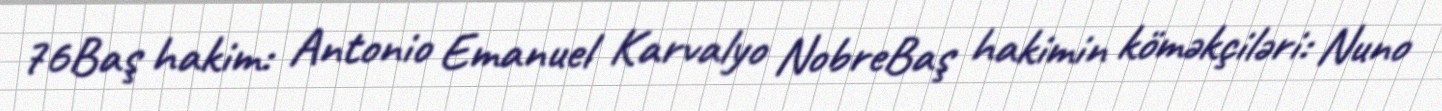
76Baş hakim: Antonio Emanuel Karvalyo NobreBaş hakimin köməkçiləri: Nuno